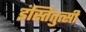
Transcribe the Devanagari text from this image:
इंस्तितुत्सी